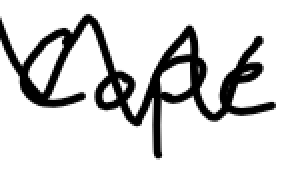
Text: Cope
Cross-out: zig-zag
Writing tool: digital_black